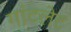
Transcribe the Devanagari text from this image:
गांटलेट